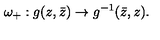
\omega _ { + } : g ( z , \bar { z } ) \to g ^ { - 1 } ( \bar { z } , z ) .